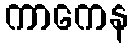
ကာကေန